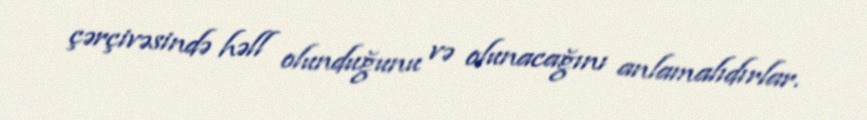
çərçivəsində həll olunduğunu və olunacağını anlamalıdırlar.